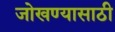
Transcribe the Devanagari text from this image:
जोखण्यासाठी